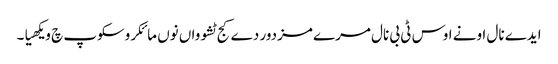
ایدے نال اونے اوس ٹی بی نال مرے مزدور دے کج ٹشوواں نوں مائکروسکوپ چ ویکھیا۔